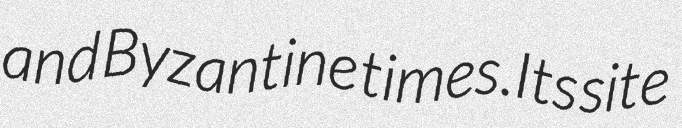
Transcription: and Byzantine times.Its site